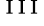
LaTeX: ^\mathrm{~I~I~I~}